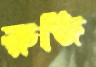
রুজি